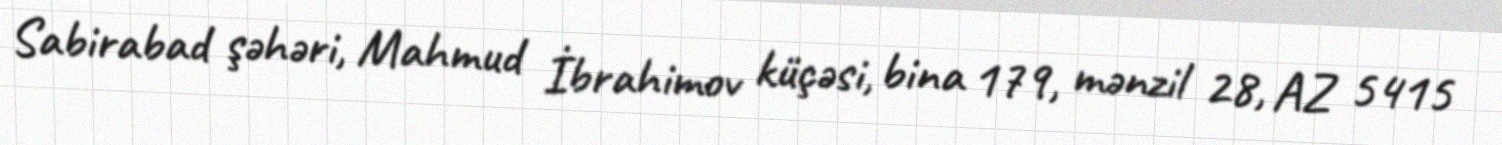
Sabirabad şəhəri, Mahmud İbrahimov küçəsi, bina 179, mənzil 28, AZ 5415